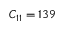
C _ { 1 1 } = 1 3 9